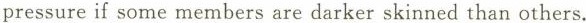
pressure if some members are darker skinned than others.